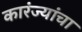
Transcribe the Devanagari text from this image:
कारंज्यांचा